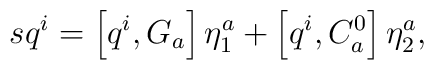
sq^i=\left[ q^i,G_a\right] \eta _1^a+\left[ q^i,C_a^0\right]\eta _2^a,